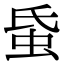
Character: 𧉜